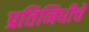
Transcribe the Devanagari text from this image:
प्रतिनिधीचे